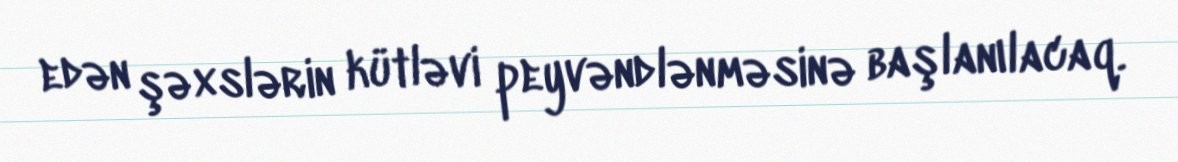
edən şəxslərin kütləvi peyvəndlənməsinə başlanılacaq.